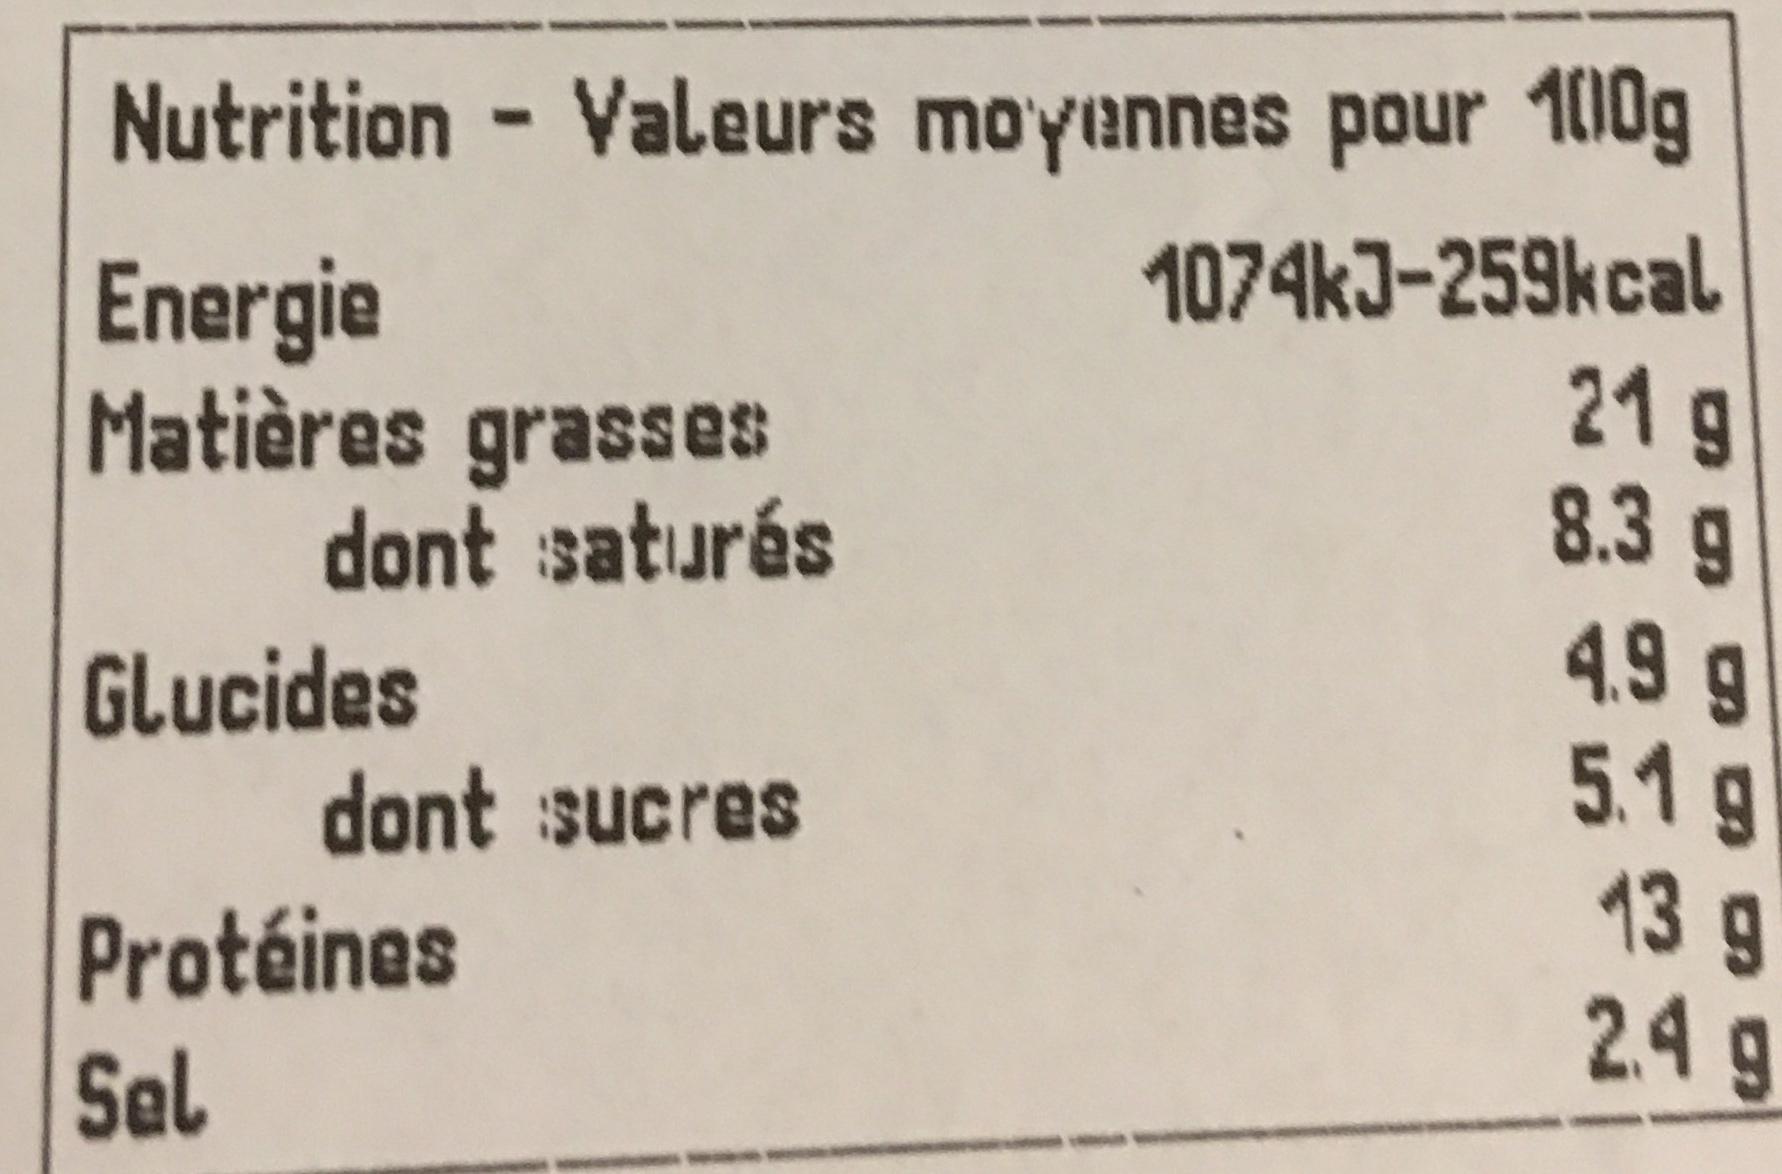
Nutrition - Valeurs moyennes pour 100g
1074kJ-259kcal 21 g
8.3 g
Energie
Matières grasses
dont saturés
Glucides
dont sucres
Protéines
Sel
4.9 g
5.1 g
13 g
2.4 9